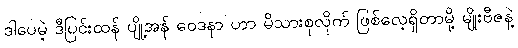
ဒါပေမဲ့ ဒီပြင်းထန် ပျို့အန် ဝေဒနာ ဟာ မိသားစုလိုက် ဖြစ်လေ့ရှိတာမို့ မျိုးဗီဇနဲ့